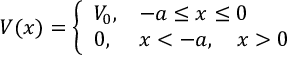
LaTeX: V ( x ) = \left\{ \begin{array} { l l } { { V _ { 0 } , } } & { { - a \le x \le 0 } } \\ { { 0 , } } & { { x < - a , \quad x > 0 } } \end{array} \right.